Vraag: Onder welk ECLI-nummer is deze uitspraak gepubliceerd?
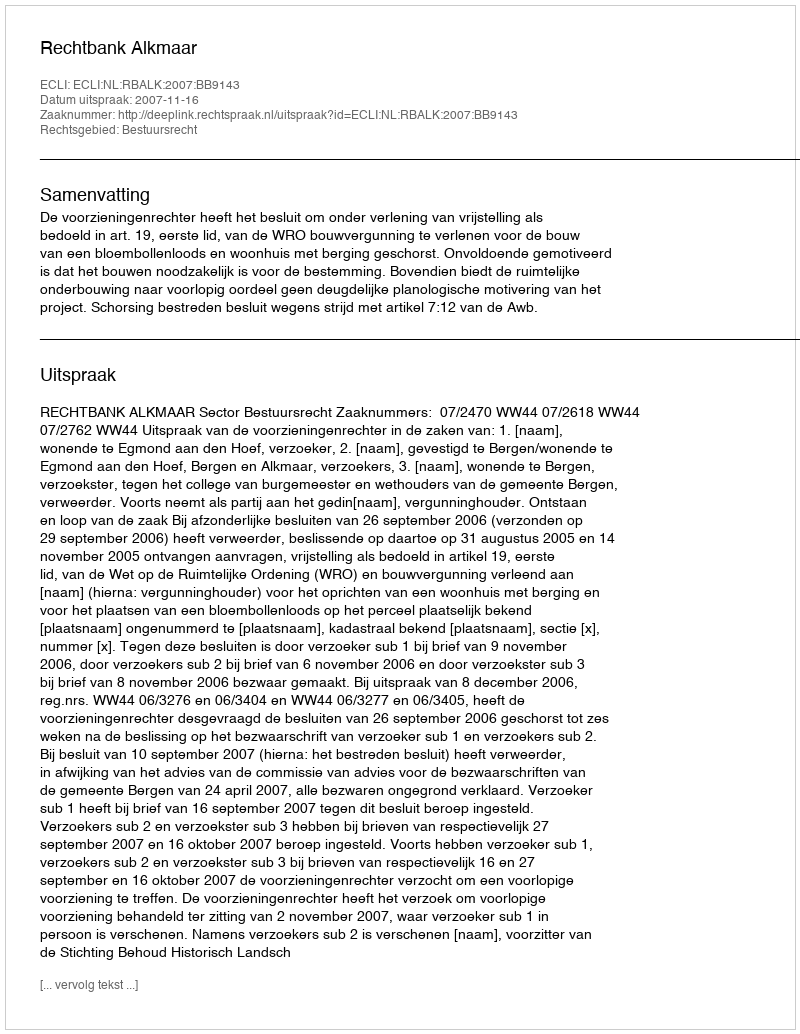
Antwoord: ECLI:NL:RBALK:2007:BB9143